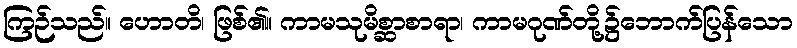
ကြဉ်သည်။ ဟောတိ၊ ဖြစ်၏။ ကာမသုမိစ္ဆာစာရာ၊ ကာမဂုဏ်တို့၌ဘောက်ပြန်သော